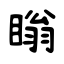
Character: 瞈